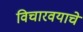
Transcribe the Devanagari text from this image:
विचारवयाचे